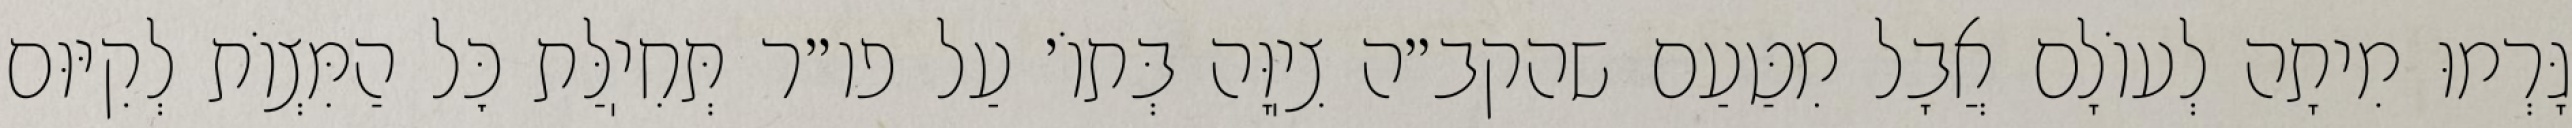
גָּרְמוּ מִיתָה לְעוֹלָם אֲבָל מִטַּעַם שהקב״ה צִיֽוָּה בְּתוֹ׳ עַל פו״ר תְּחִיֽלַּת כׇּל הַמִּצְוֹת לְקִיּוּם